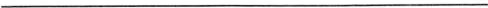
___